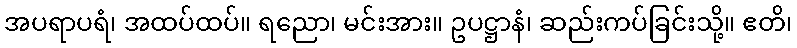
အပရာပရံ၊ အထပ်ထပ်။ ရညော၊ မင်းအား။ ဥပဋ္ဌာနံ၊ ဆည်းကပ်ခြင်းသို့။ ဧတိ၊